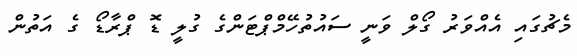
މެޗުގައި އެއްވަރު ގޯލް ވަނީ ސައުތުހޭމްޕްޓަންގެ ގުލީ ޑޮ ޕްރާޑޯ ގެ އަތުން